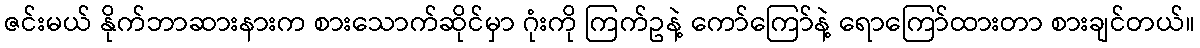
ဇင်းမယ် နိုက်ဘာဆားနားက စားသောက်ဆိုင်မှာ ဂုံးကို ကြက်ဥနဲ့ ကော်ကြော်နဲ့ ရောကြော်ထားတာ စားချင်တယ်။